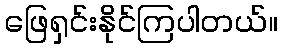
ဖြေရှင်းနိုင်ကြပါတယ်။